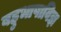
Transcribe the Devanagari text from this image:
बहुभाषाविज्ञ